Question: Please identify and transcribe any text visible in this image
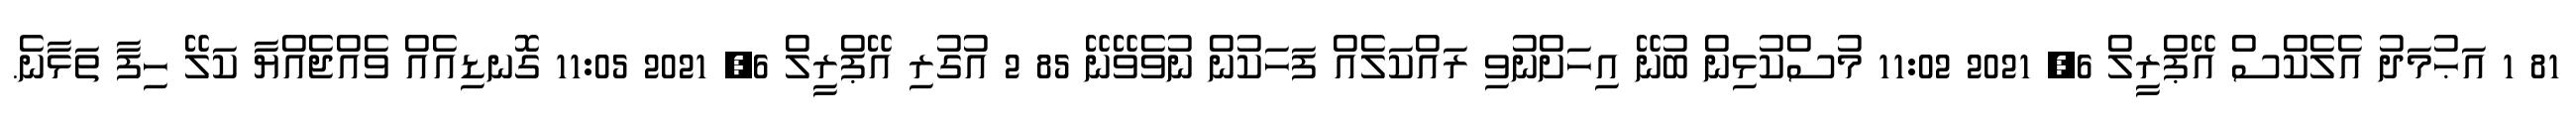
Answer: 81 1 އަޙުމަދު އެލެކްސް އޭޕްރީލް 6, 2021 11:02 މުސްކުޅިން ބުނޭ އިހަށްނުވި ރައްކަލެއް ފަހަކުން ނުވެވޭނޭ 85 2 އުގުރި އޭޕްރީލް 6, 2021 11:05 ގޮނޑިއެއް ވެއްޖެއްޔާ ކަލޭ ހިފާ ތަޅާނެ.